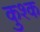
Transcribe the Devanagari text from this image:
कुश्क